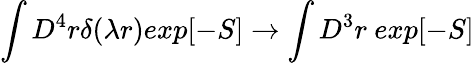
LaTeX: \int D^{4}r\delta(\lambda r)exp[-S]\rightarrow\int D^{3}r~exp[-S]